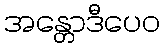
အန္တောဒီပေဝ